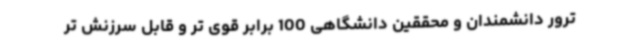
ترور دانشمندان و محققین دانشگاهی 100 برابر قوی تر و قابل سرزنش تر